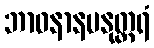
ဘာဝနာနမနုတ္တရံ